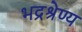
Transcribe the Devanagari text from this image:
भद्रश्रेण्य